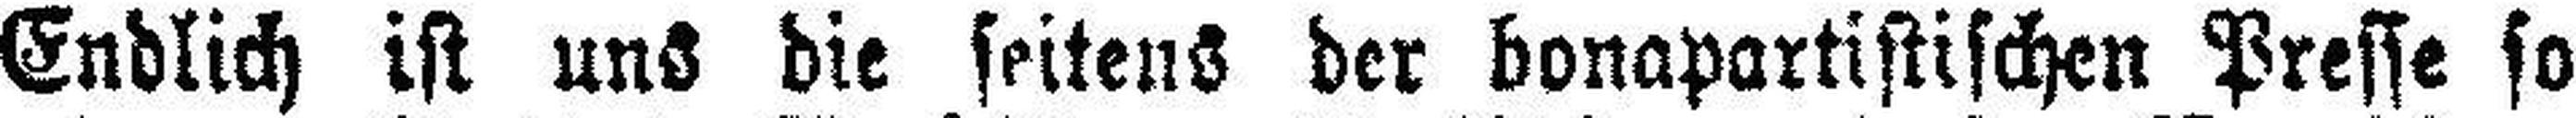
Endlich ist uns die seitens der bonapartistischen Presse so